Problem: 46 + 14 = ?
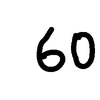
Handwritten answer: 60